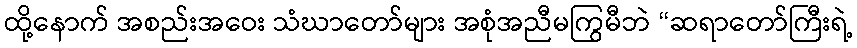
ထို့နောက် အစည်းအဝေး သံဃာတော်များ အစုံအညီမကြွမီဘဲ “ဆရာတော်ကြီးရဲ့